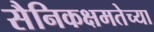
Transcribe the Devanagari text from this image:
सैनिकक्षमतेच्या